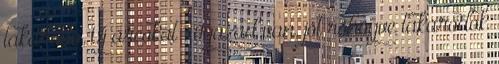
takarodó. Új arcokat : Igazad van, jót röhögve takarodok